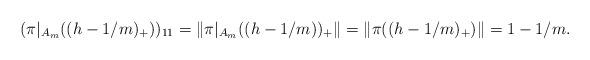
LaTeX: \begin{align*}(\pi|_{A_m}((h-1/m)_+))_{11} = \|\pi|_{A_m}((h-1/m))_+\| = \|\pi((h-1/m)_+)\|=1-1/m.\end{align*}